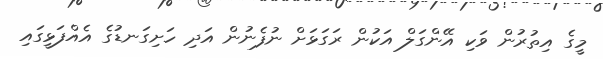
މީގެ އިތުރުން ވަކި އޭންގަލް އަކުން ރަގަޅަށް ނުފެނުން އަދި ހަށިގަނޑުގެ އެއްފަޅީގައި